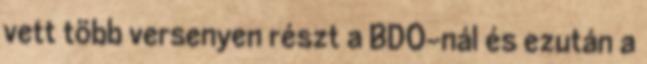
vett több versenyen részt a BDO-nál és ezután a